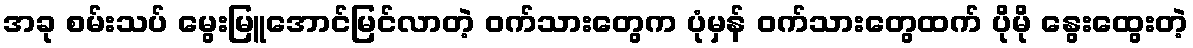
အခု စမ်းသပ် မွေးမြူအောင်မြင်လာတဲ့ ဝက်သားတွေက ပုံမှန် ဝက်သားတွေထက် ပိုမို နွေးထွေးတဲ့